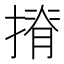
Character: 𢱣